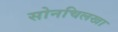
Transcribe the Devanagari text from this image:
सोनचिलखा